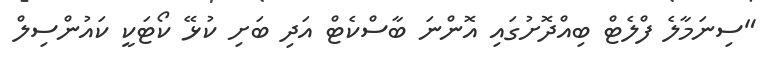
"ސިނަމާލެ ފްލެޓް ބިއްދޮށުގައި އޮންނަ ބާސްކެޓް އަދި ބަށި ކުޅޭ ކޯޓަކީ ކައުންސިލް